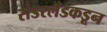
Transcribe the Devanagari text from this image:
संडरलँडकडून